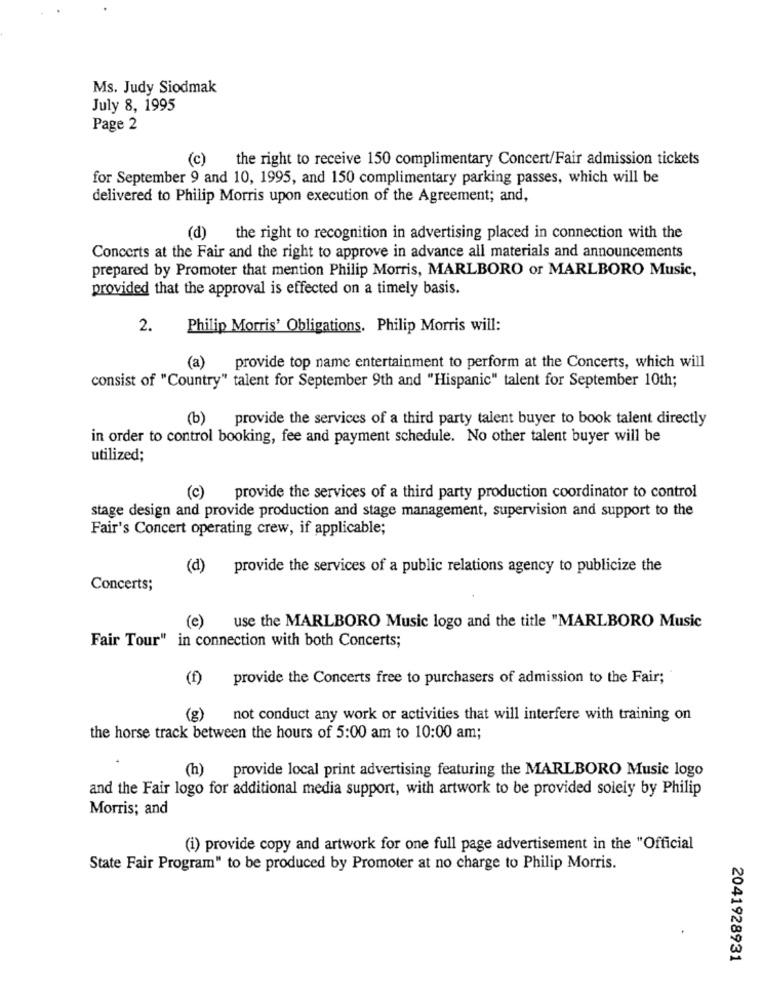
Ms. Judy Siodmak
July 8, 1995
Page 2
(c)
the right to receive 150 complimentary Concert/Fair admission tickets
for September 9 and 10, 1995, and 150 complimentary parking passes, which will be
delivered to Philip Morris upon execution of the Agreement; and,
(d) the right to recognition in advertising placed in connection with the
Concerts at the Fair and the right to approve in advance all materials and announcements
prepared by Promoter that mention Philip Morris, MARLBORO or MARLBORO Music,
provided that the approval is effected on a timely basis.
2. Philip Morris' Obligations. Philip Morris will:
(a)
provide top name entertainment to perform at the Concerts, which will
consist of "Country" talent for September 9th and "Hispanic" talent for September 10th;
(b)
provide the services of a third party talent buyer to book talent directly
in order to control booking, fee and payment schedule. No other talent buyer will be
utilized;
(c)
provide the services of a third party production coordinator to control
stage design and provide production and stage management, supervision and support to the
Fair's Concert operating crew, if applicable;
(d)
provide the services of a public relations agency to publicize the
Concerts;
(e) use the MARLBORO Music logo and the title "MARLBORO Music
Fair Tour" in connection with both Concerts;
(f) provide the Concerts free to purchasers of admission to the Fair;
(g) not conduct any work or activities that will interfere with training on
the horse track between the hours of 5:00 am to 10:00 am;
(h)
provide local print advertising featuring the MARLBORO Music logo
and the Fair logo for additional media support, with artwork to be provided solely by Philip
Morris; and
(i) provide copy and artwork for one full page advertisement in the "Official
State Fair Program" to be produced by Promoter at no charge to Philip Morris.
2041928931